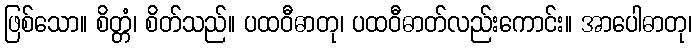
ဖြစ်သော။ စိတ္တံ၊ စိတ်သည်။ ပထဝီဓာတု၊ ပထဝီဓာတ်လည်းကောင်း။ အာပေါဓာတု၊